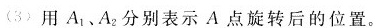
(3) 用A_{1}、A_{2}分别表示A点旋转后的位置。